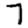
Digit: 7